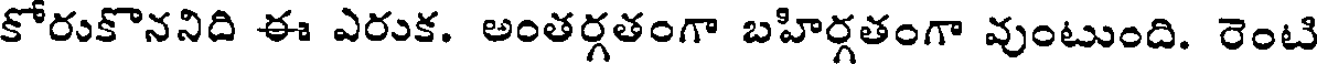
కోరుకొననిది ఈ ఎరుక. అంతర్గతంగా బహిర్గతంగా వుంటుంది. రెంటి